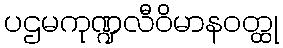
ပဌမကုဏ္ဍလီဝိမာနဝတ္ထု